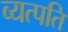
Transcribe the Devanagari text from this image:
व्यत्पति